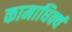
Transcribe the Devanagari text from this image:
कामाधिक्यं